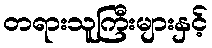
တရားသူကြီးများနှင့်